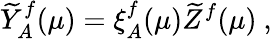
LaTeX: \widetilde{Y}_{A}^{f}(\mu)=\xi_{A}^{f}(\mu)\widetilde{Z}^{f}(\mu)\ ,